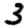
Digit: 3